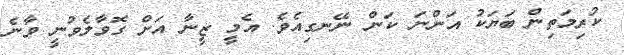
ކުރިމަތިން ބަޔަކު އަންނަ ކަން ނޭނގިއެވެ. އެމީ ޒީނާ އަށް ގޮވާލެވުނީ ވާނެ